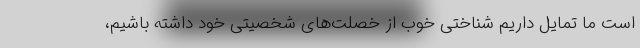
است ما تمایل داریم شناختی خوب از خصلت‌های شخصیتی خود داشته باشیم،